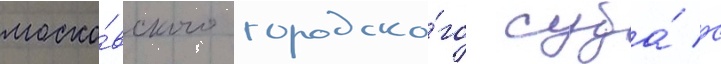
моско́вского городско́го суда́ с